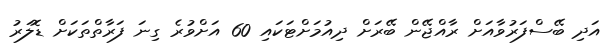
އަދި ބޭސްފަރުވާއަށް ރާއްޖޭން ބޭރަށް ދިއުމަށްޓަކައި 60 އަށްވުރެ ގިނަ ފަރާތްތަކަށް ޑޮލަރު